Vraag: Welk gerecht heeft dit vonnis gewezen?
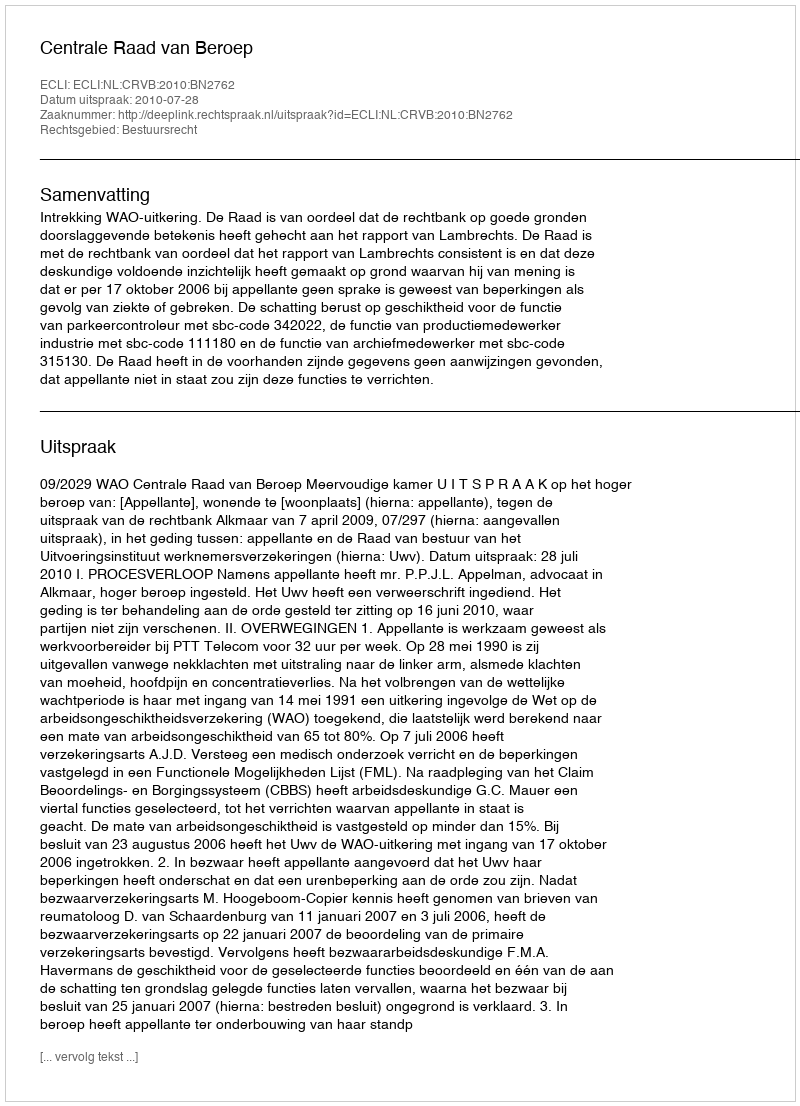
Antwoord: Centrale Raad van Beroep